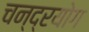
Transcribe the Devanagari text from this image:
चन्द्रयोग